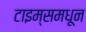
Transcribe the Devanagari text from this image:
टाइम्समधून